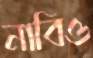
নাবিও